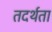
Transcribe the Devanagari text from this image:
तदर्थता